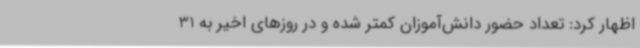
اظهار کرد: تعداد حضور دانش‌آموزان کمتر شده و در روزهای اخیر به 31